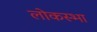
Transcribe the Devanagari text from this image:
लोकस्भा